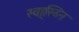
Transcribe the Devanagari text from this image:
स्वा्स्य्नि